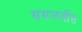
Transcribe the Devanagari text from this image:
समजलीस